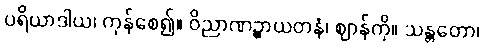
ပရိယာဒါယ၊ ကုန်စေ၍။ ဝိညာဏဉ္စာယတနံ၊ ဈာန်ကို။ သန္တတော၊